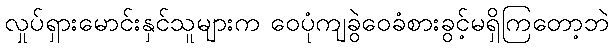
လှုပ်ရှားမောင်းနှင်သူများက ဝေပုံကျခွဲဝေခံစားခွင့်မရှိကြတော့ဘဲ